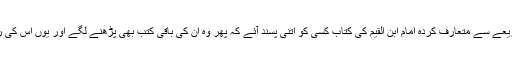
کیا عجب ہے کہ اس ذریعے سے متعارف کردہ امام ابن القیم کی کتاب کسی کو اتنی پسند آئے کہ پھر وہ ان کی باقی کتب بھی پڑھنے لگے اور یوں اس کی رسائی اصل علم تک ہو!